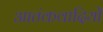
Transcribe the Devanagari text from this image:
आतंकवादियोँ